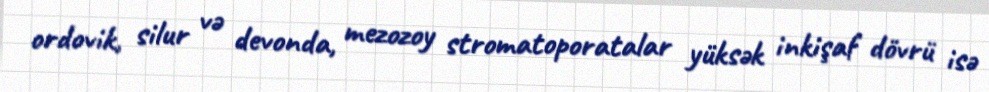
ordovik, silur və devonda, mezozoy stromatoporatalar yüksək inkişaf dövrü isə